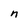
Character: n